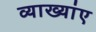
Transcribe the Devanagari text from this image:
व्याख्यांए